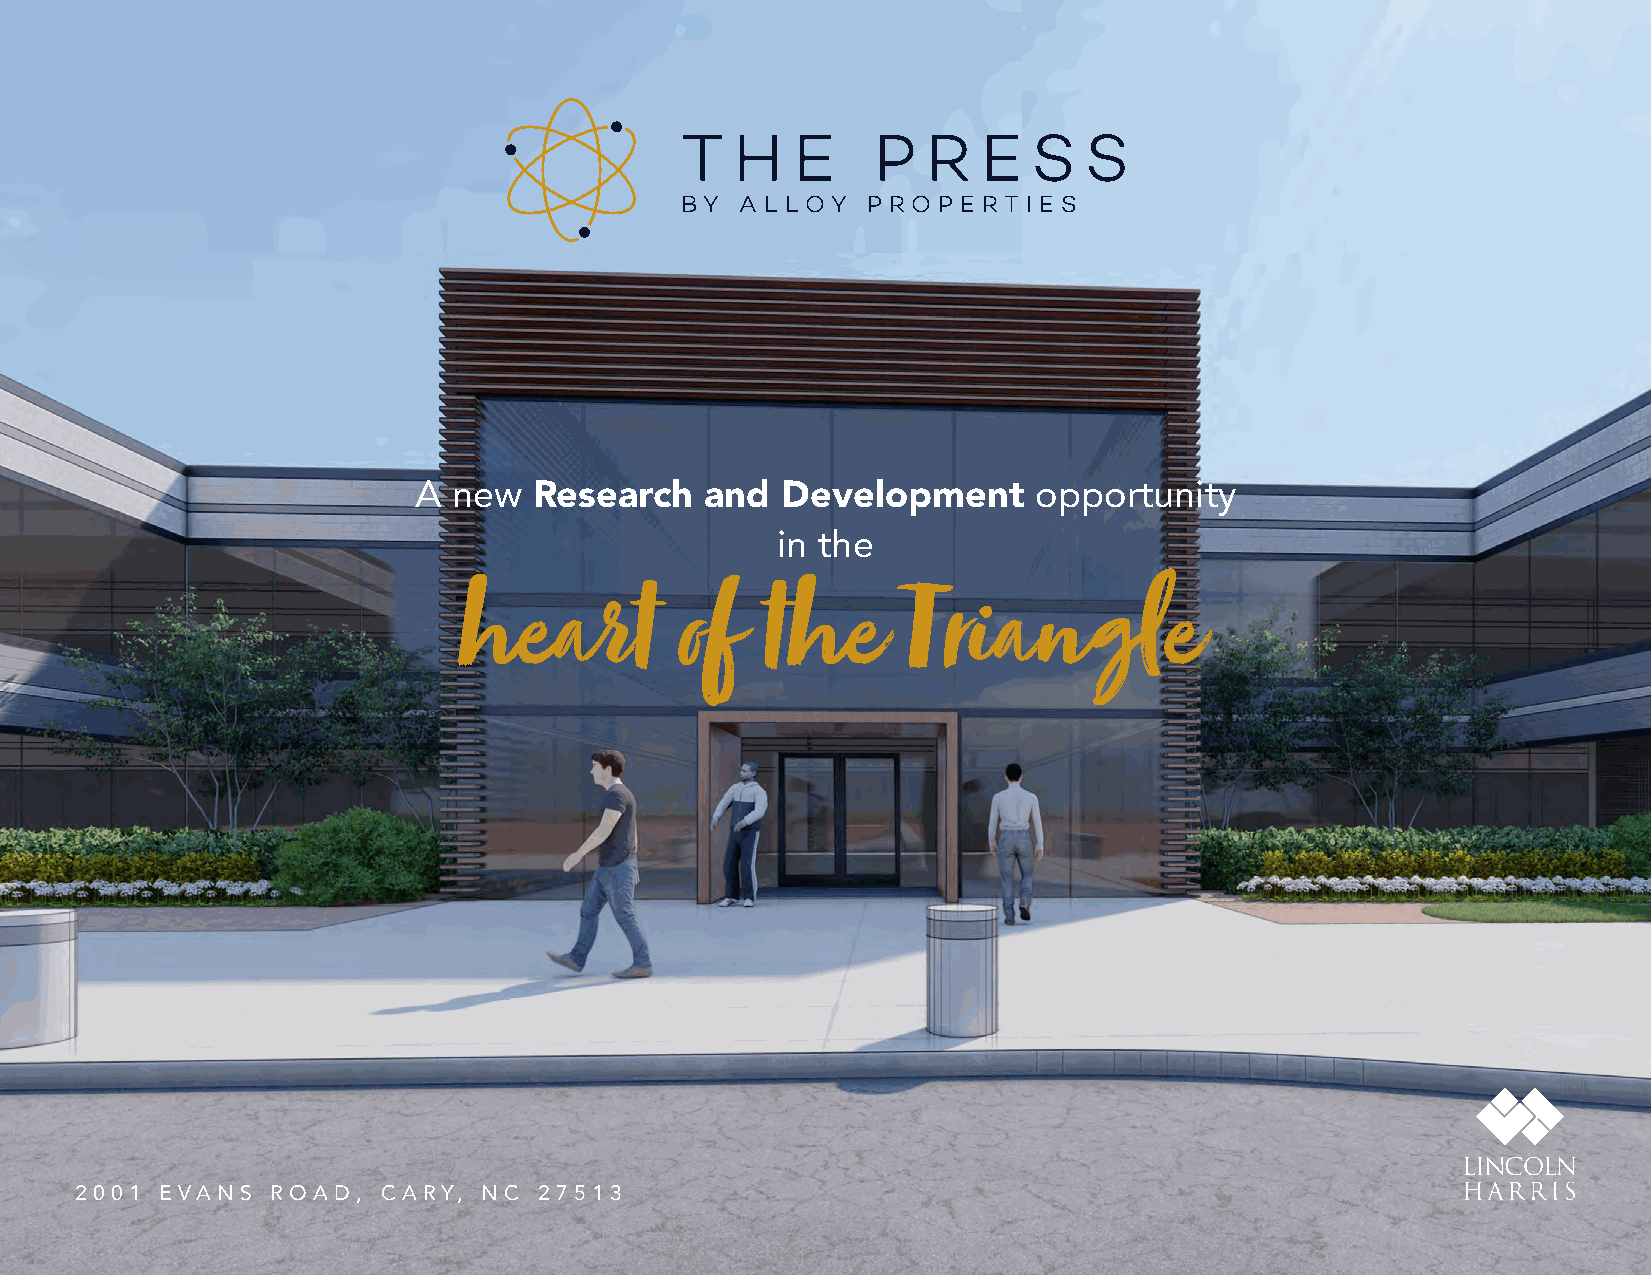
T   H  E     P  R   E  S   S
 BY  A L LOY P R O P E R T I E S
 A  new  Research    and  Development      opportunity
 in the
 heart          of   the       Triangle
 2 0 0 1 E VA N S R O A D , C A RY, N C 2 7 5 1 3